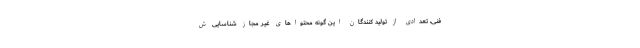
فنی، تعدادی از تولید کنندگان این گونه محتواهای غیر مجاز شناسایی ش